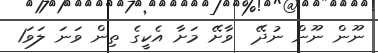
ނޫން ނޫން ނުދޭ  ވާށޭ މަށާ އެކީގެ ތިން ވަނަ ލަވަ1